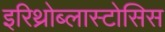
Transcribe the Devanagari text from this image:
इरिथ्रोब्लास्टोसिस